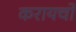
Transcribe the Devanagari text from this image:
करायचो